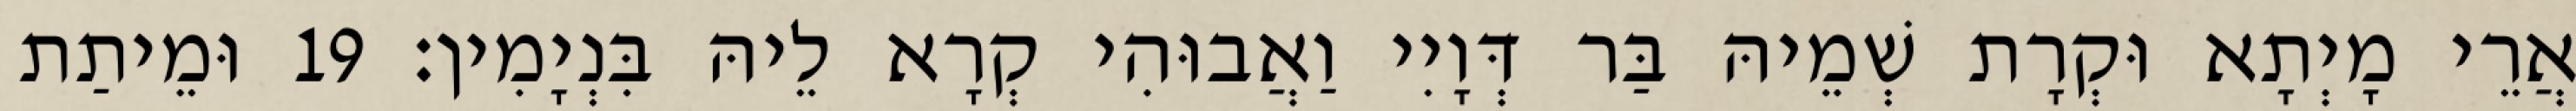
אֲרֵי מָיְתָא וּקְרָת שְׁמֵיהּ בַּר דְּוָיִי וַאֲבוּהִי קְרָא לֵיהּ בִּנְיָמִין׃ 19 וּמֵיתַת